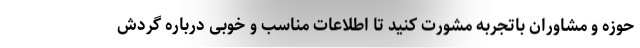
حوزه و مشاوران باتجربه مشورت کنید تا اطلاعات مناسب و خوبی درباره گردش